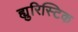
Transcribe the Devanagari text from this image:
ह्युरिस्टिक